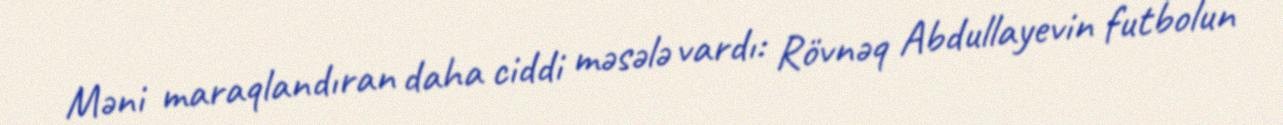
Məni maraqlandıran daha ciddi məsələ vardı: Rövnəq Abdullayevin futbolun